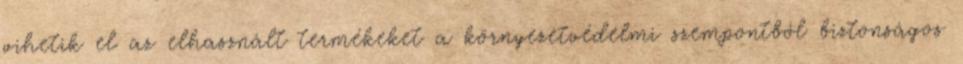
vihetik el az elhasznált termékeket a környezetvédelmi szempontból biztonságos